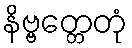
နိဗ္ဗတ္တေတုံ